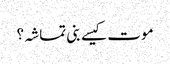
موت کیسے بنی تماشہ؟